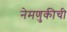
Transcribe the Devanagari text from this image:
नेमणुकीची